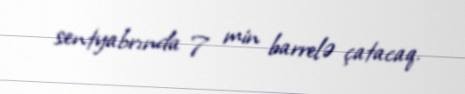
sentyabrında 7 min barrelə çatacaq.